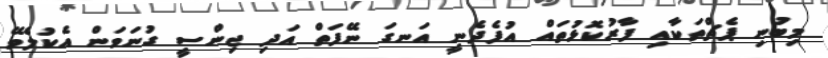
މިބުނި ޕެޗްތަކާއި ފާރުކޮޅުތައް އުފެދެނީ އަނގަ ނޭފަތް އަދި ޖިންސީ ގުނަވަން އެކުލެވޭ